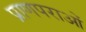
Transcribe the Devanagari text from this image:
प्राणपराओं